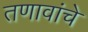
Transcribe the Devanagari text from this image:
तणावांचे